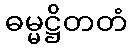
ဓမ္မဋ္ဌိတတံ